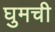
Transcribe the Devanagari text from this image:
घुमची